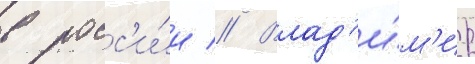
в росс'и́и // Влад'и́м'ир